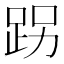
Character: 𨀌